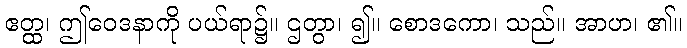
ဧတ္ထ၊ ဤဝေဒနာကို ပယ်ရာ၌။ ဌတွာ၊ ၍။ စောဒကော၊ သည်။ အာဟ၊ ၏။